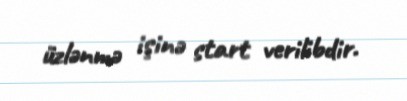
üzlənmə işinə start verilibdir.